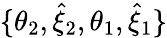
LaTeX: \{ \theta_{2},\hat{\xi}_{2},\theta_{1},\hat{\xi}_{1}\}